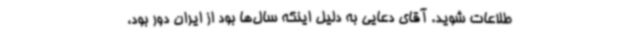
طلاعات شوید. آقای دعایی به دلیل اینکه سال‌ها بود از ایران دور بود،